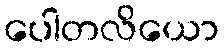
ပေါတလိယော